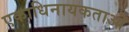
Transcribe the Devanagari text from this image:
एकाधिनायकताओं